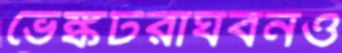
ভেঙ্কটরাঘবনও